Indian journal of veterinary science and animal husbandry - Volume 8,
Year: 1938
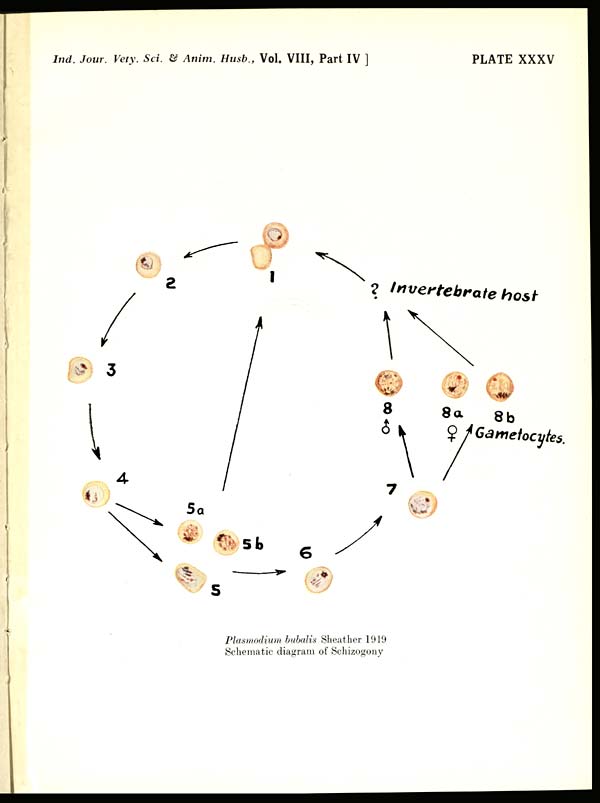
Ind. Jour. Vety. Sci. & Anim. Husb., Vol VIII, Part IV ]
PLATE XXXV
Plasmodium bubalis Sheather 1919
Schematic diagram of Schizogony